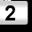
Digit: 2